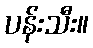
ပန်းသီး။